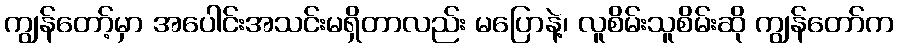
ကျွန်တော့်မှာ အပေါင်းအသင်းမရှိတာလည်း မပြောနဲ့၊ လူစိမ်းသူစိမ်းဆို ကျွန်တော်က